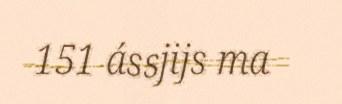
151 ássjijs ma